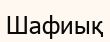
Шафиық